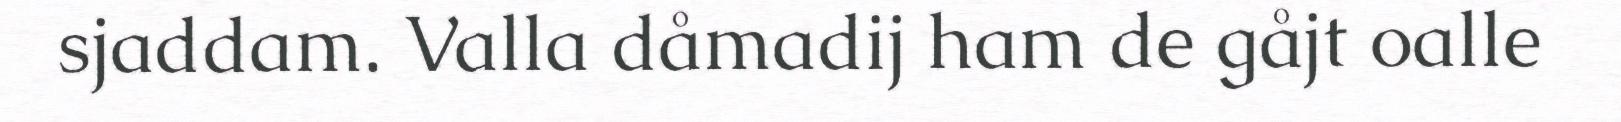
sjaddam. Valla dåmadij ham de gåjt oalle